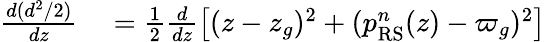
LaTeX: \begin{array}{rl}{\frac{d(d^{2}/2)}{dz}}&{{}=\frac{1}{2}\frac{d}{dz}\left[(z-z_{g})^{2}+(p_{\mathrm{RS}}^{n}(z)-\varpi_{g})^{2}\right]}\end{array}